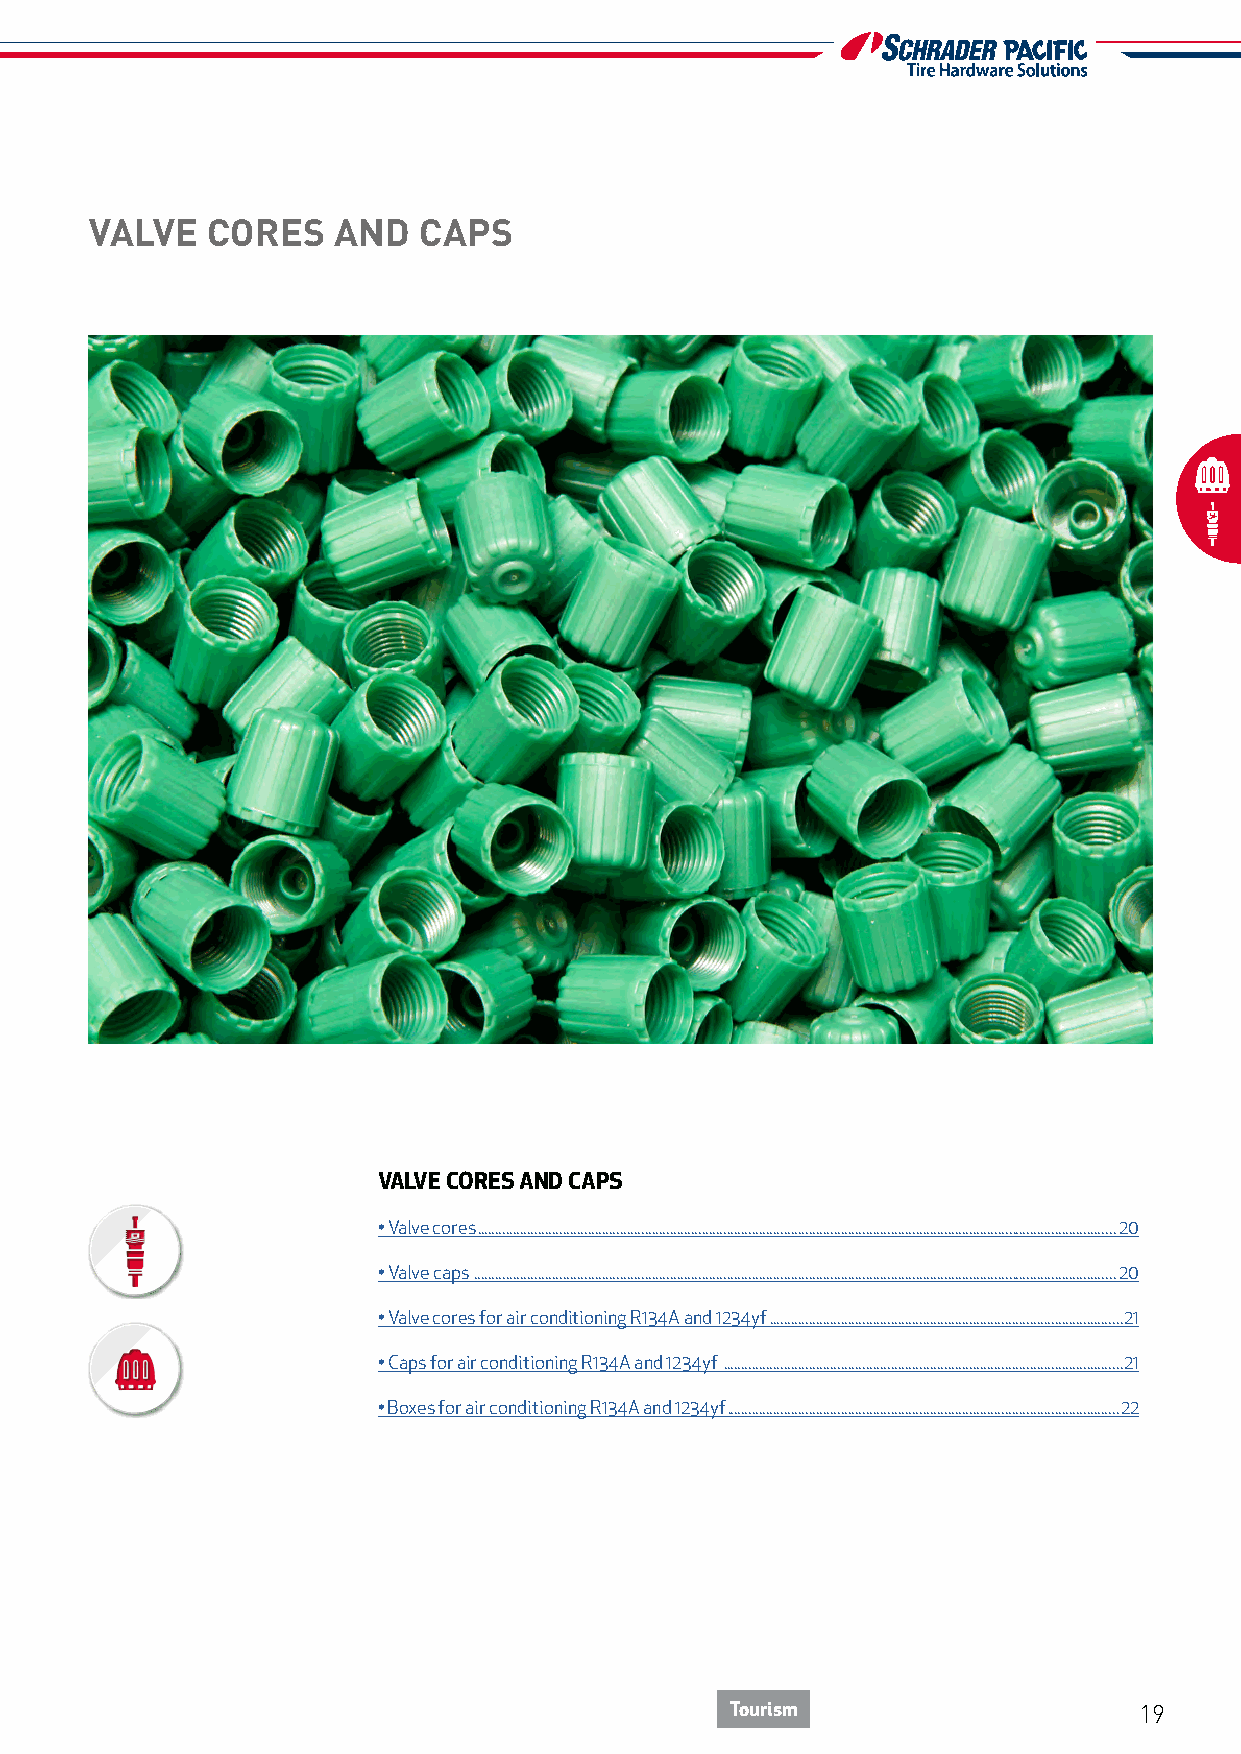
VALVE   CORES   AND   CAPS
 VALVE CORES AND CAPS
 • Valve cores ...................................................................................................................................................................................20
 • Valve caps ....................................................................................................................................................................................20
 • Valve cores for air conditioning R134A and 1234yf ...................................................................................................21
 • Caps for air conditioning R134A and 1234yf ................................................................................................................21
 • Boxes for air conditioning R134A and 1234yf ..............................................................................................................22
 Tourism                    19